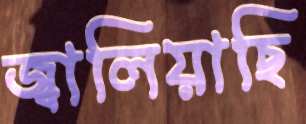
জ্বালিয়াছি